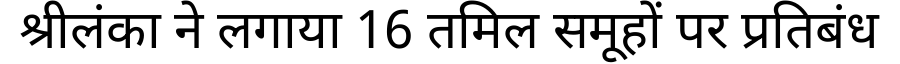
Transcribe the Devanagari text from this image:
श्रीलंका ने लगाया 16 तमिल समूहों पर प्रतिबंध